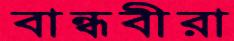
বান্ধবীরা